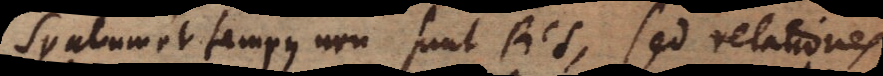
Spatium et tempus non sunt Res, sed relationes